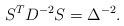
LaTeX: \begin{align*}S^{T}D^{-2}S=\Delta ^{-2}. \end{align*}